Distribution and causation of leprosy in British India
Year: 1875
Disease focus: Leprosy
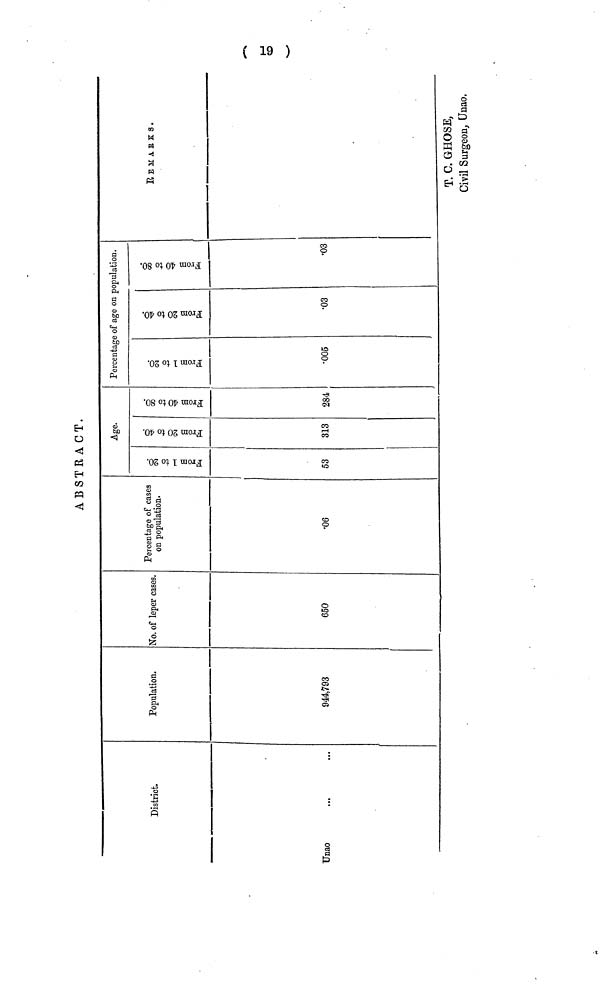
ABSTRACT.
District.
Unao
..,
Population.
944793
No. of leper cases
650
Percentage of cases
on population.
•06
Age.
53
313
284
Percentage of age on population.
•005
•03
•03
RE M A R K S.
T. C. GHOSE,
Civil Surgeon, Unao.